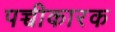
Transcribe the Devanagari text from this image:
पच्चीकारक